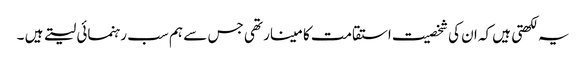
یہ لکھتی ہیں کہ ان کی شخصیت استقامت کا مینار تھی جس سے ہم سب رہنمائی لیتے ہیں ۔